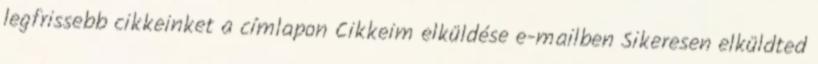
legfrissebb cikkeinket a címlapon Cikkeim elküldése e-mailben Sikeresen elküldted